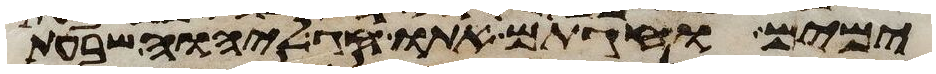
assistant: ימים וחגתם אתו חג ליהוה שבעת